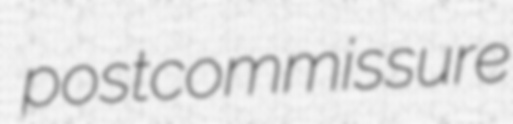
postcommissure